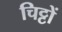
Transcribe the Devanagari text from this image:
चिट्टों